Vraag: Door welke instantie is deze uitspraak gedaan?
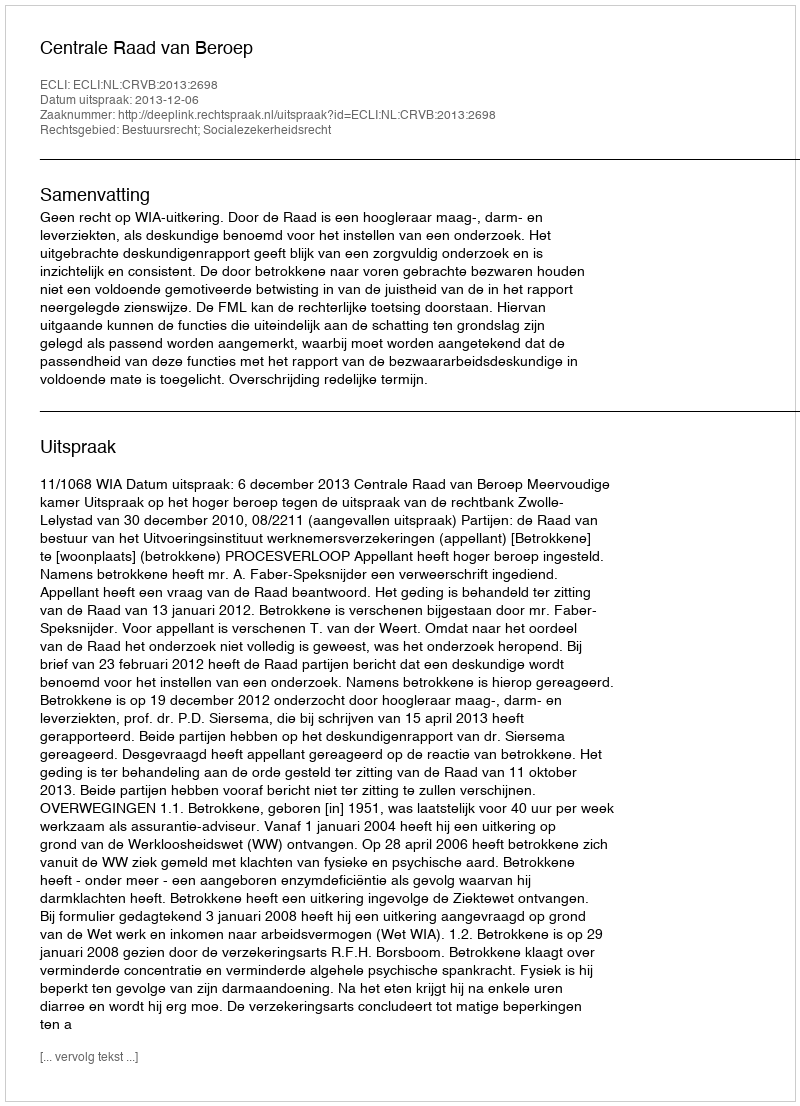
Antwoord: Centrale Raad van Beroep